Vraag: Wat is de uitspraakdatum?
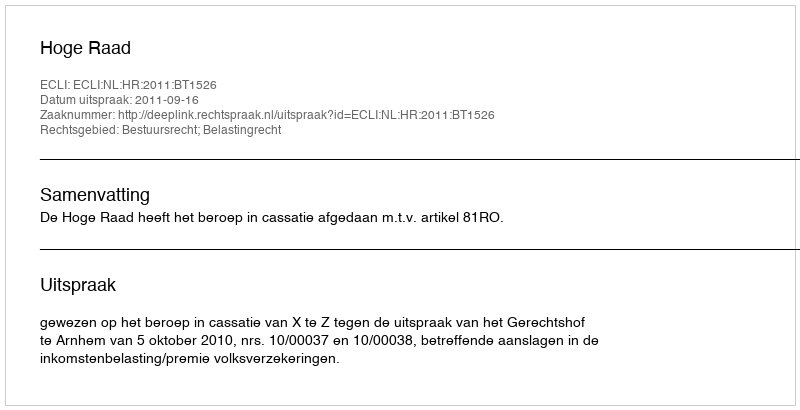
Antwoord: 2011-09-16